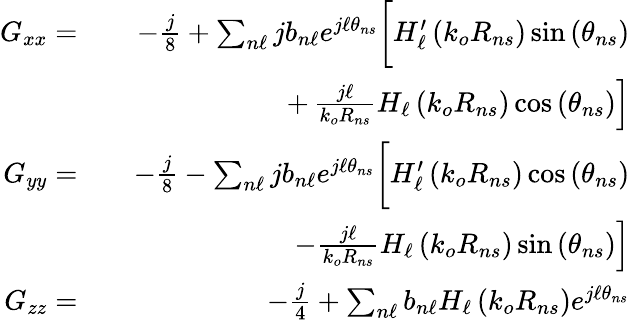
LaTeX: \begin{array}{rlr}{G_{xx}=}&{}&{-\frac{j}{8}+\sum_{n\ell}jb_{n\ell}e^{j\ell\theta_{ns}}\bigg[H_{\ell}^{\prime}\left(k_{o}R_{ns}\right)\sin\left(\theta_{ns}\right)}\\ &{}&{+\left.\frac{j\ell}{k_{o}R_{ns}}H_{\ell}\left(k_{o}R_{ns}\right)\cos\left(\theta_{ns}\right)\right]}\\ {G_{yy}=}&{}&{-\frac{j}{8}-\sum_{n\ell}jb_{n\ell}e^{j\ell\theta_{ns}}\bigg[H_{\ell}^{\prime}\left(k_{o}R_{ns}\right)\cos\left(\theta_{ns}\right)}\\ &{}&{\left.-\frac{j\ell}{k_{o}R_{ns}}H_{\ell}\left(k_{o}R_{ns}\right)\sin\left(\theta_{ns}\right)\right]}\\ {G_{zz}=}&{}&{-\frac{j}{4}+\sum_{n\ell}b_{n\ell}H_{\ell}\left(k_{o}R_{ns}\right)e^{j\ell\theta_{ns}}}\end{array}